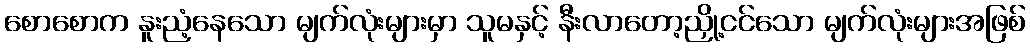
စောစောက နူးညံ့နေသော မျက်လုံးများမှာ သူမနှင့် နီးလာတော့ညှို့ငင်သော မျက်လုံးများအဖြစ်